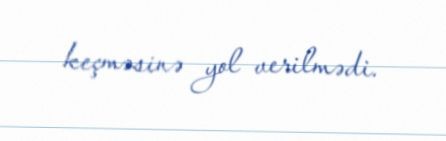
keçməsinə yol verilmədi.